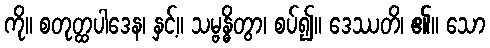
ကို။ စတုတ္ထပါဒေန၊ နှင့်။ သမ္ဗန္ဓိတွာ၊ စပ်၍။ ဒေဿတိ၊ ၏။ သော